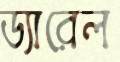
ড্যারেল